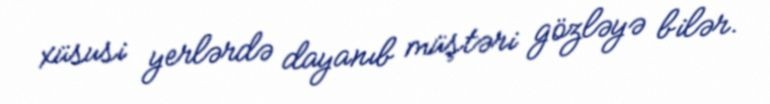
xüsusi yerlərdə dayanıb müştəri gözləyə bilər.